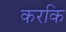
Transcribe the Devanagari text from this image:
करकि